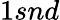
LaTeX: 1snd